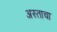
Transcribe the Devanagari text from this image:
अस्ताचा